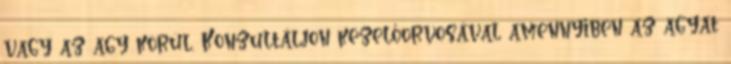
vagy az agy körül. Konzultáljon kezelőorvosával amennyiben az agyat